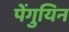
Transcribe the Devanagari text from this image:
पेंगुयिन